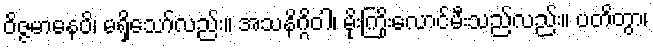
ဝိဇ္ဇမာနေပိ၊ မရှိသော်လည်း။ အသနိဂ္ဂိဝါ၊ မိုးကြိုးလောင်မီးသည်လည်း။ ပတိတွာ၊